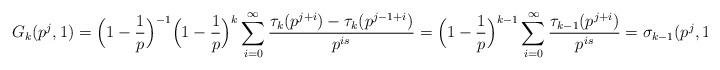
LaTeX: \begin{align*} G_{k}(p^{j},1) & = \Big( 1-\frac{1}{p} \Big)^{-1} \Big( 1- \frac{1}{p} \Big)^{k} \sum_{i=0}^{\infty} \frac{ \tau_k(p^{j+i}) - \tau_k(p^{j-1+i}) }{p^{is}} = \Big( 1- \frac{1}{p} \Big)^{k-1} \sum_{i=0}^{\infty} \frac{ \tau_{k-1}(p^{j+i}) }{p^{is}} = \sigma_{k-1}(p^j,1), \end{align*}